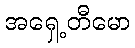
အရှေ့တီမော